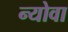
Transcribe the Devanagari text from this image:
न्योवा